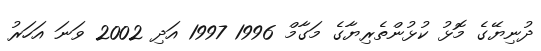
ދުނިޔޭގެ މޮޅު ކުޅުންތެރިޔާގެ މަގާމް 1996 1997 އަދި 2002 ވަނަ އަހަރު